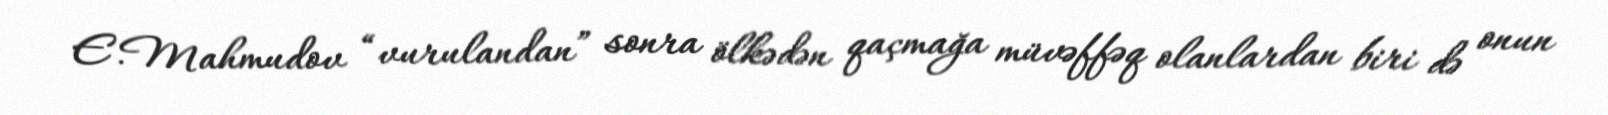
E.Mahmudov “vurulandan” sonra ölkədən qaçmağa müvəffəq olanlardan biri də onun